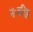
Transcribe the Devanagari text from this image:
नःबहिइ